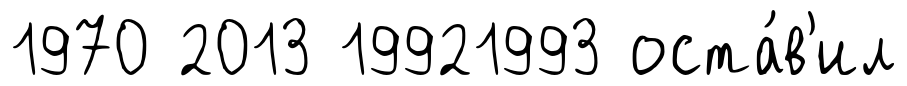
1970 2013 19921993 оста́в'ил